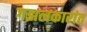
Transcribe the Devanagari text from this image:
गझलकारांत